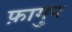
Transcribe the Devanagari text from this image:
फ़ागुन